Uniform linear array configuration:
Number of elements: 32
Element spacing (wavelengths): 0.75
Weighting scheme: hann
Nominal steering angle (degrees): -60
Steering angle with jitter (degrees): -58.851
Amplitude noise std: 0.05
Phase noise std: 0.05

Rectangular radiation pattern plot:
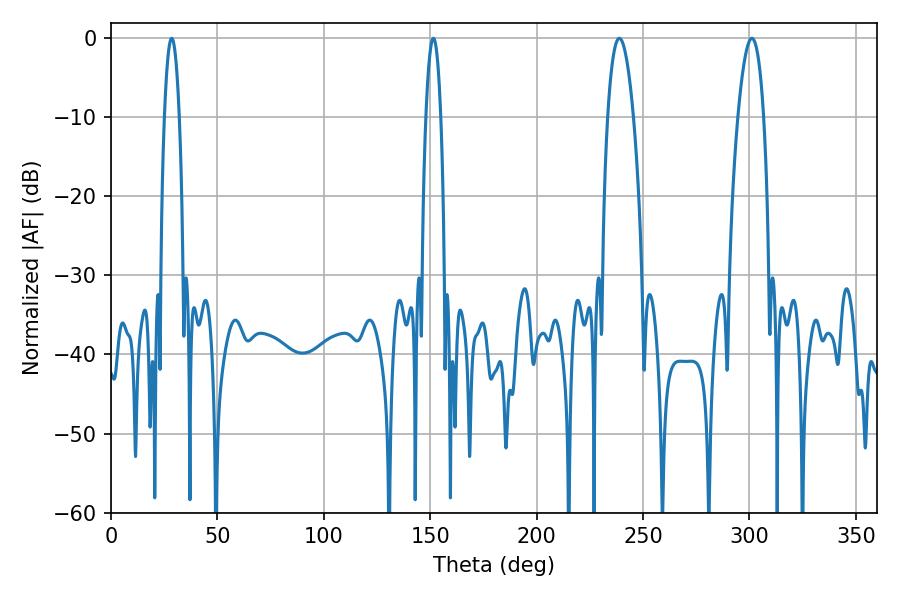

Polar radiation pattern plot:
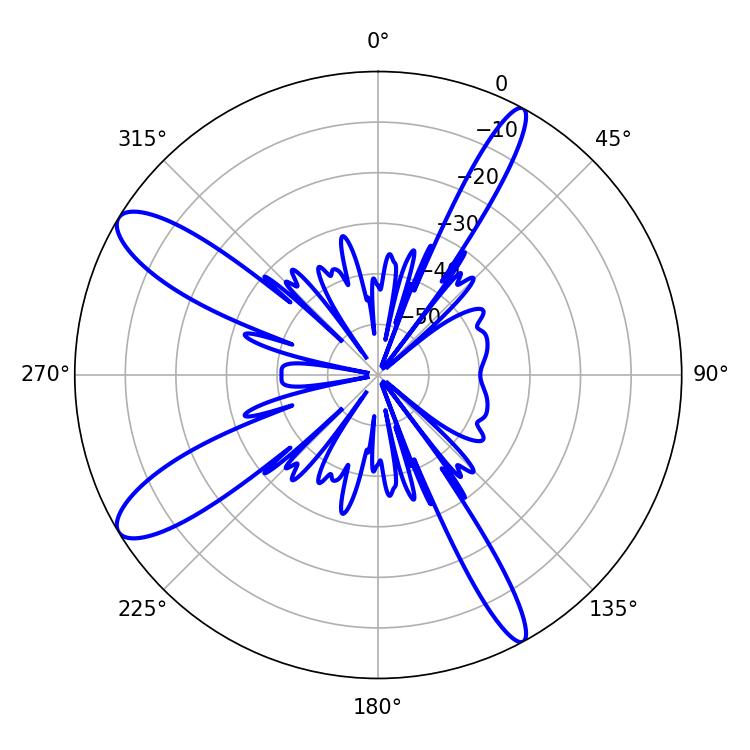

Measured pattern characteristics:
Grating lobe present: TRUE
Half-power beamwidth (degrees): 6.84
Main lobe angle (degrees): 238.86